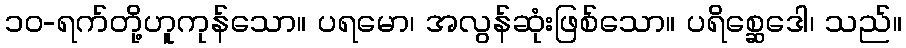
၁၀-ရက်တို့ဟူကုန်သော။ ပရမော၊ အလွန်ဆုံးဖြစ်သော။ ပရိစ္ဆေဒေါ၊ သည်။